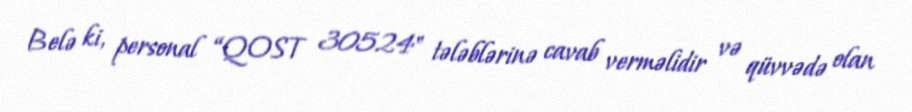
Belə ki, personal “QOST 30524" tələblərinə cavab verməlidir və qüvvədə olan